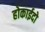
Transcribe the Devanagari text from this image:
होकाईदो